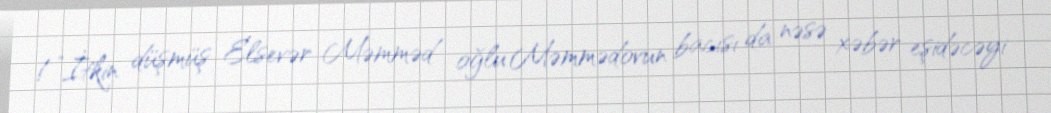
!”İtkin düşmüş Elsevər Məmməd oğlu Məmmədovun bacısı da nəsə xəbər eşidəcəyi